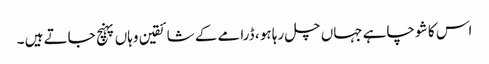
اس کا شو چاہے جہاں چل رہا ہو ، ڈرامے کے شائقین وہاں پہنچ جاتے ہیں ۔